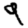
Digit: 9